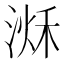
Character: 𣹌